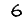
Digit: 6